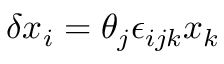
\delta x _ { i } = \theta _ { j } \epsilon _ { i j k } x _ { k }